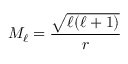
M _ { \ell } = \frac { \sqrt { \ell ( \ell + 1 ) } } { r }